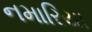
નમારિયા